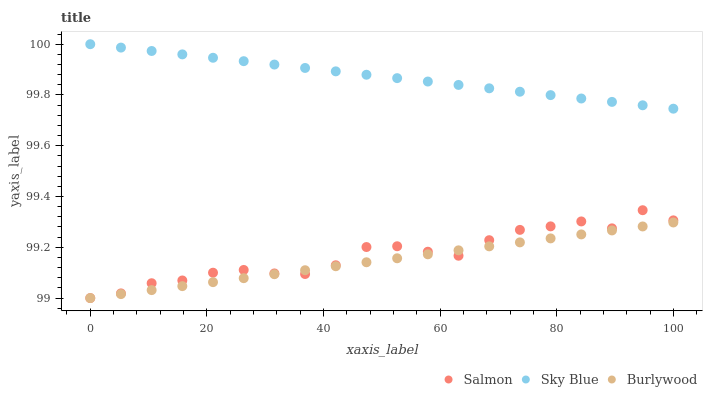
| xaxis_label | Salmon | Sky Blue | Burlywood |
 | --- | --- | --- | --- |
 | 0 | 99 | 100 | 99 |
 | 5.26 | 99 | 100 | 99 |
 | 10.5 | 99.1 | 100 | 99 |
 | 15.8 | 99.1 | 100 | 99 |
 | 21.1 | 99.1 | 99.9 | 99.1 |
 | 26.3 | 99.1 | 99.9 | 99.1 |
 | 31.6 | 99.1 | 99.9 | 99.1 |
 | 36.8 | 99.1 | 99.9 | 99.1 |
 | 42.1 | 99.1 | 99.9 | 99.1 |
 | 47.4 | 99.2 | 99.9 | 99.1 |
 | 52.6 | 99.2 | 99.9 | 99.2 |
 | 57.9 | 99.2 | 99.9 | 99.2 |
 | 63.2 | 99.2 | 99.8 | 99.2 |
 | 68.4 | 99.2 | 99.8 | 99.2 |
 | 73.7 | 99.3 | 99.8 | 99.2 |
 | 78.9 | 99.3 | 99.8 | 99.2 |
 | 84.2 | 99.3 | 99.8 | 99.3 |
 | 89.5 | 99.3 | 99.8 | 99.3 |
 | 94.7 | 99.3 | 99.8 | 99.3 |
 | 100 | 99.3 | 99.7 | 99.3 |